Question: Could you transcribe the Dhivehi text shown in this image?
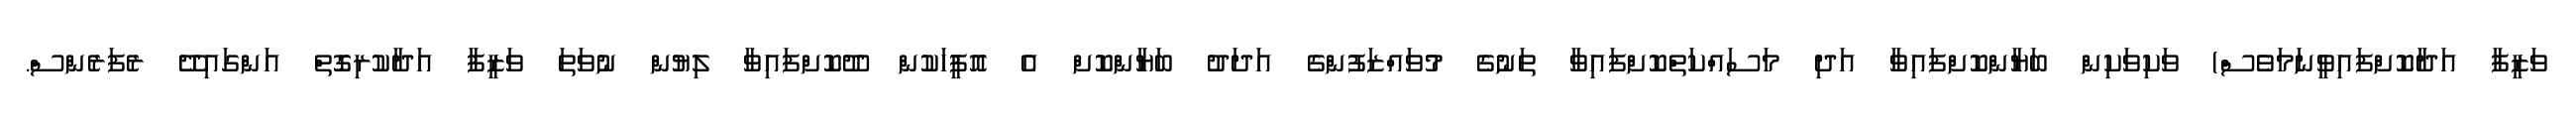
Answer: ވަޒީފާ އަދާކޮށްފައިވީނަމަވެސް) ވަކިވަކިން ބަޔާންކޮށްފައިވާ އަދި މަސައްކަތްކޮށްފައިވާ ތަނުގެ މުވައްޒަފުންގެ އަދަދު ބަޔާންކޮށް އެ އޮފީހަކުން ދޫކޮށްފައިވާ ލިޔުން ނުވަތަ ވަޒީފާ އަދާކުރިގޮތް އަންގައިދޭ ރެފަރެންސް.